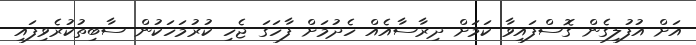
އަށް އުފުލިގެން ގޮސްފައިވާ ކަމަށް ދިރާސާއެއް ހެދުމަށް ފާހަގަ ޖެހި ކުރުމަހަކުން ސާބިތުކުރެވިފައި